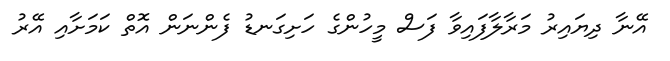
އޭނާ ދިޔައިރު މަރާލާފައިވާ ފަސް މީހުންގެ ހަށިގަނޑު ފެންނަން އޮތް ކަމަށާއި އޭރު